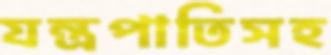
যন্ত্রপাতিসহ